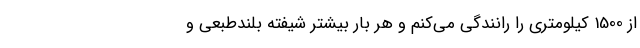
از 1500 کیلومتری را رانندگی می‌کنم و هر بار بیشتر شیفته بلندطبعی و